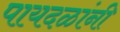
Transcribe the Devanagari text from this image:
पायदळांनी